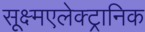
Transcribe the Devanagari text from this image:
सूक्ष्मएलेक्ट्रानिक